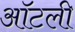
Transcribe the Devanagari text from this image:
ऑटली